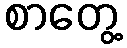
စာတွေ့